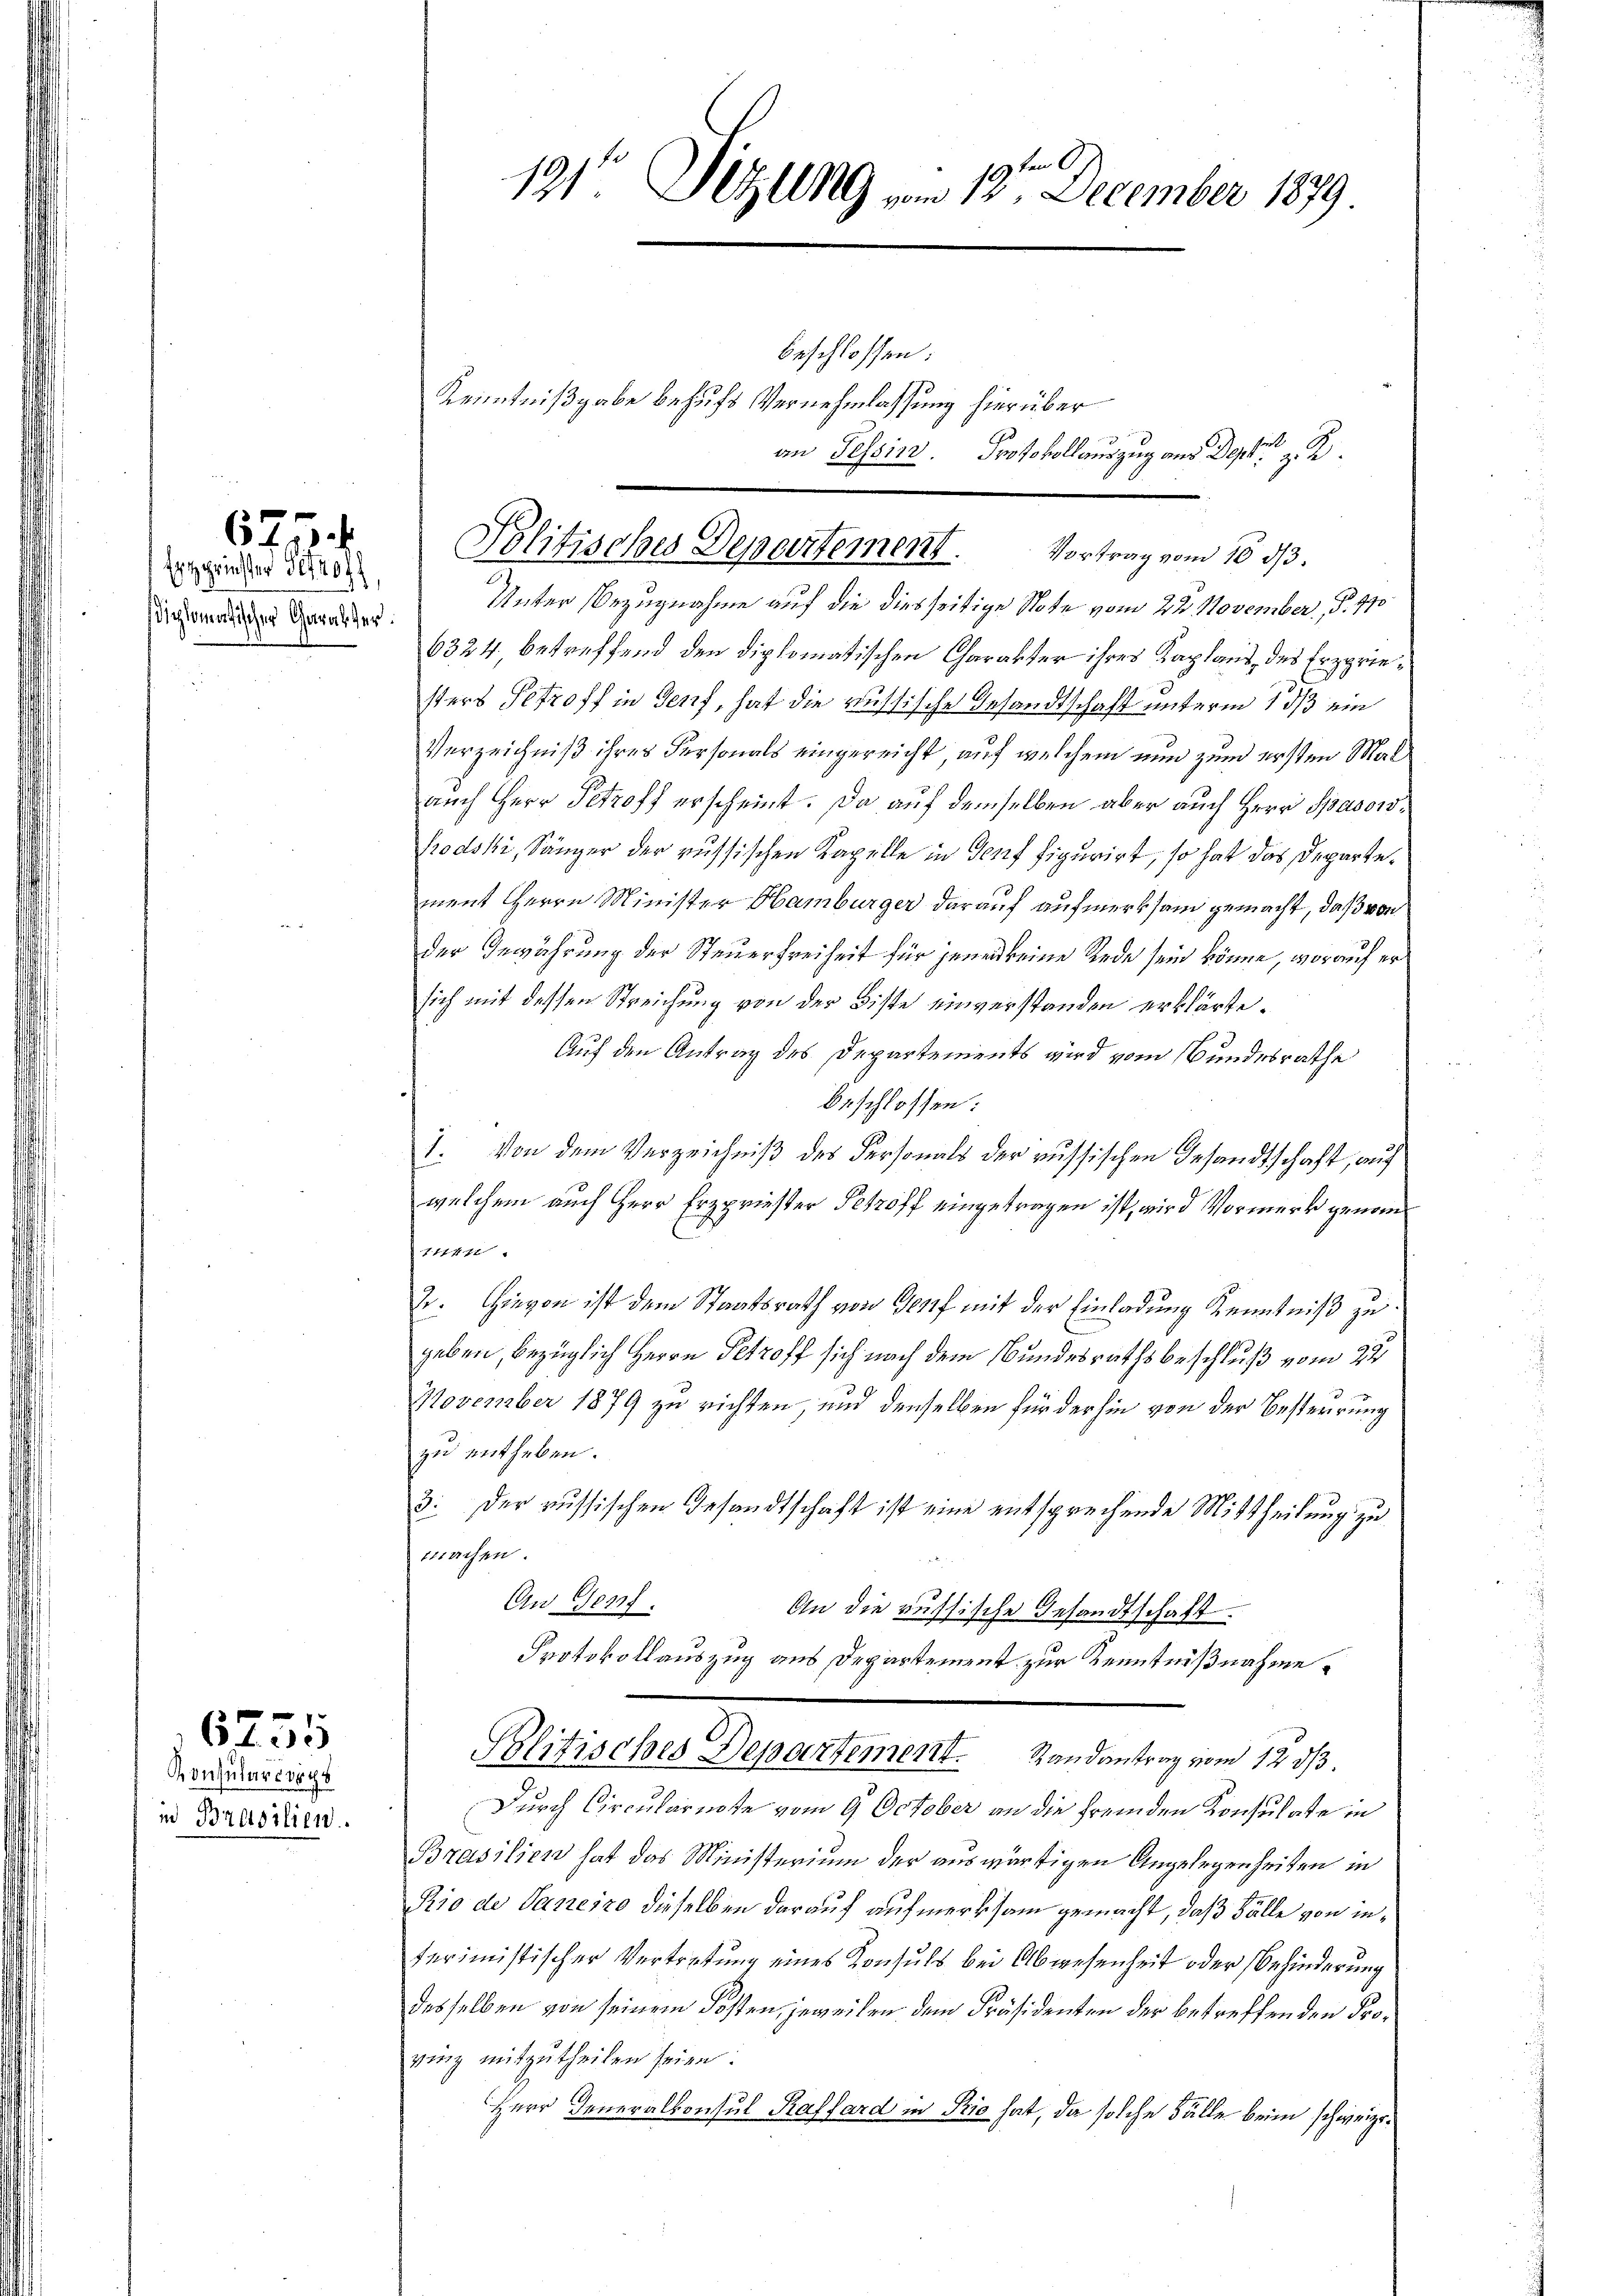
Estgrinster 300 ff,
Wiplomatischer Garakter.

675

Konsularcorps
id Brasilien.

6755

Unter Bezugnahme auf die diesseitige Note vom 22. November, S. 410
6324. betreffend den diplomatischen Charakter ihres Kaplans, des Erzgriesters Petroff in Genf, hat die russische Gesandtschaft unterm 1 dß ein
Verzeichniß ihres Personals eingereicht auf welchem nun zum ersten Mal
auch Herr Petroff erscheint. Da auf demselben aber auch Herr Spasowfrodski, Sänger der russischen Kapelle in Genf figurirt, so hat das Departement Herrn Minister Hamburger darauf aufmerksam gemacht, daß von
der Gewährung der Steuerfreiheit für jenen keine Rede sein könne, worauf er
sich mit dessen Streichung von der Biste einverstanden erklärte.
Auf den Antrag des Departements wird vom Bundesrathe
beschlossen:
1. Von dem Verzeichniß des Personals der russischen Gesandtschaft, auf
welchem auch Herr Erzprieser Petroff eingetragen ist, wird Vormerk genominen
2. Hievon ist dem Staatsrath von Genf mit der Einladung Kenntniß zu
geben, bezüglich Herrn Petroff sich nach dem Bundesrathsbeschluß vom 22
November 1879 zu richten, und denselben für der hin von der Besterrung
zu entheben.
3: Der russischen Gesandtschaft ist eine entsprechende Mittheilung zu
machen.
An Genf.
An die aussische Gesandtschaft.
Protokollauszug aus Departement zur Kenntnißnahme.
Politisches Departement. Randantrag vom 12. ds
Durch Circulariote vom 9. October an die fremden Konsulate in
Brasilien hat das Ministerium der auswärtigen Angelegenheiten in
Rio de Janeiro dieselben darauf aufmerksam gemacht, daß Fälle von interimistischer Vertretung eines Konsuls bei Abwesenheit oder Behinderung
desselben von seinem Kosten, jeweilen dem Präsidenten der betreffenden Proving mitzutheilen seien.
Herr Generalkonsul Raffard in Pio hat, da solche Fälle beim schweize¬

19 ten A
191. Detllg vom 12. December 1879

beschlossen:
Kenntnißgabe behufs Vernehmlassung hierüber

an Tessin. Protokollauszug aus Dep

Politisches Departement. Vortrag vom 16. ds.